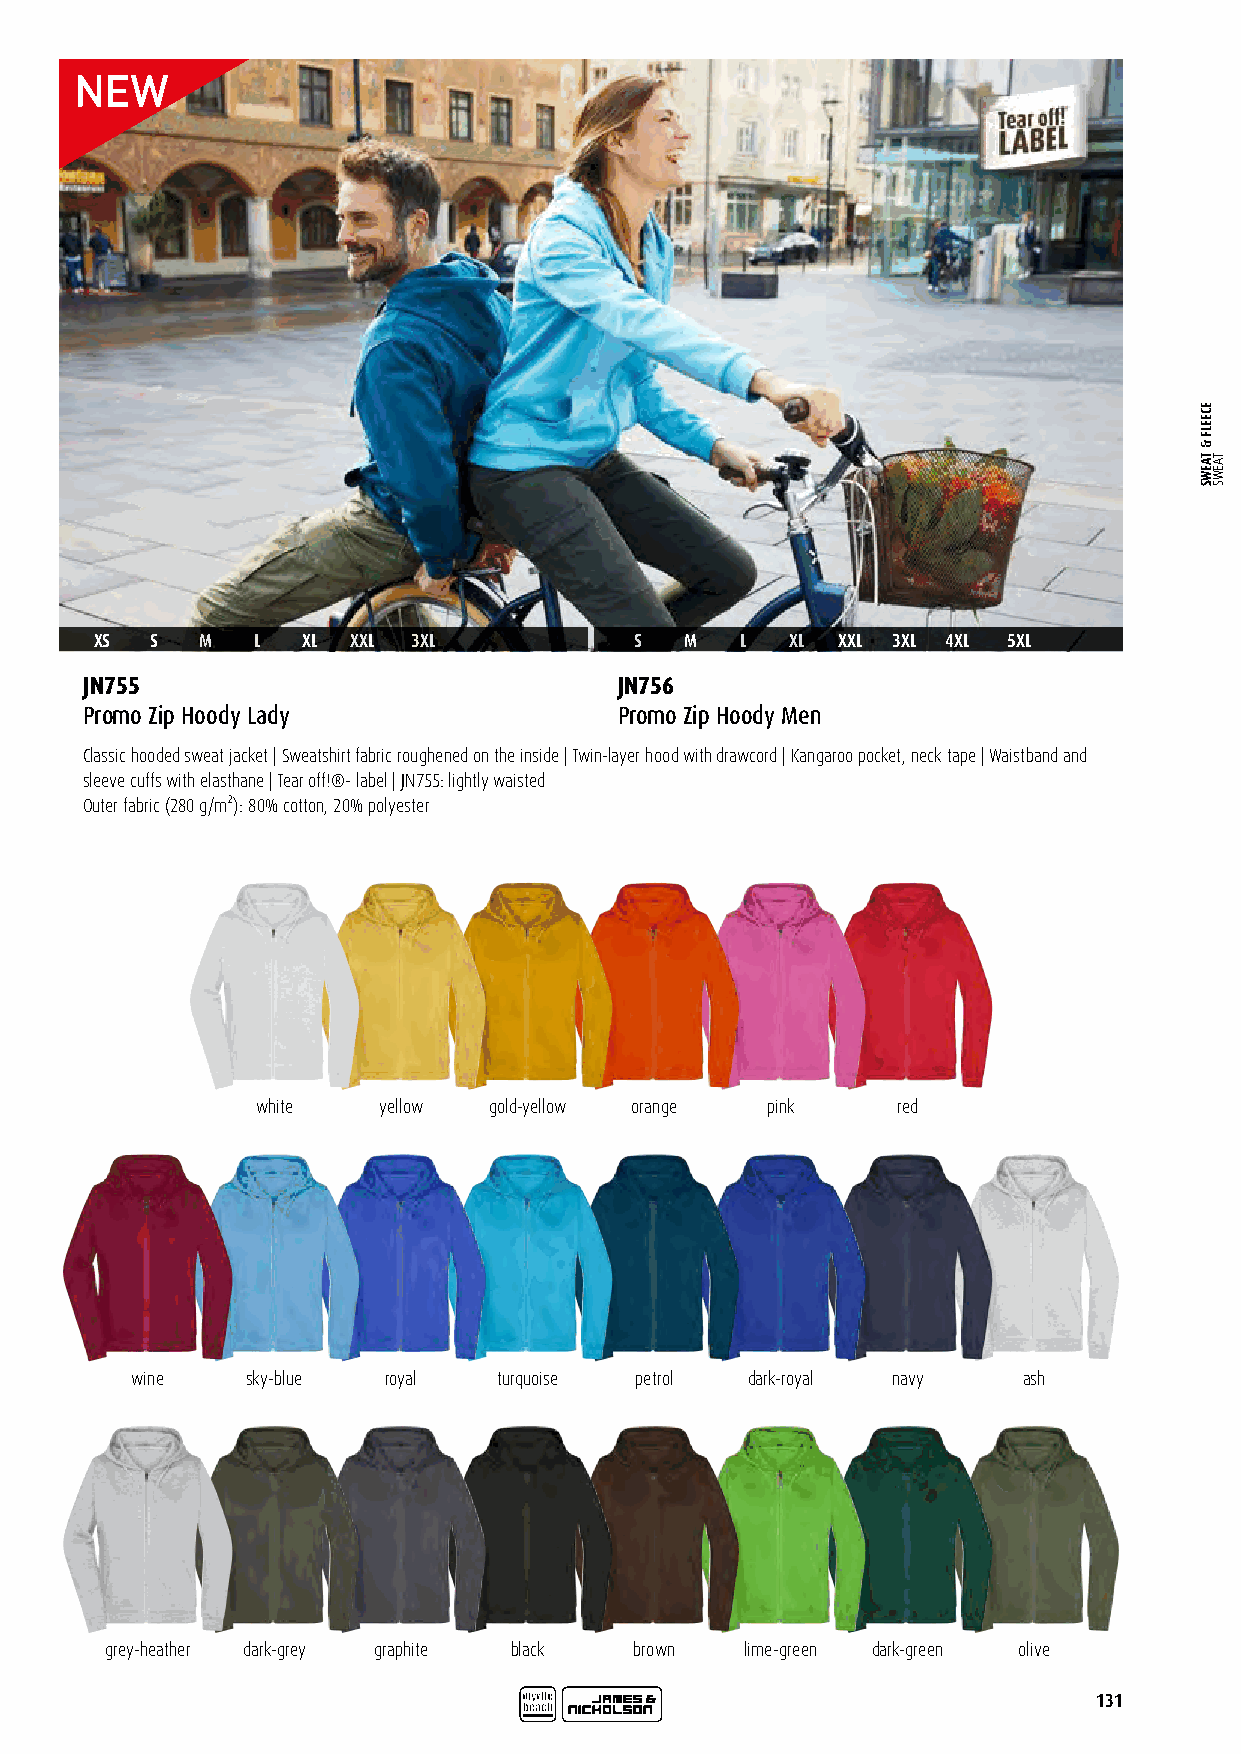
XS  S  M   L  XL XXL 3XL            S  M   L  XL XXL 3XL 4XL 5XL
 JN755                               JN756
 Promo Zip Hoody Lady                Promo Zip Hoody Men
 Classic hooded sweat jacket | Sweatshirt fabric roughened on the inside | Twin-layer hood with drawcord | Kangaroo pocket, neck tape | Waistband and
 sleeve cuffs with elasthane | Tear off!®- label | JN755: lightly waisted
 Outer fabric (280 g/m²): 80% cotton, 20% polyester
 white   yellow gold-yellow orange pink    red
 wine   sky-blue royal   turquoise petrol dark-royal navy   ash
 grey-heather dark-grey graphite black brown lime-green dark-green olive
 131
 ECEELF
 &
 TAEWS TAEWS